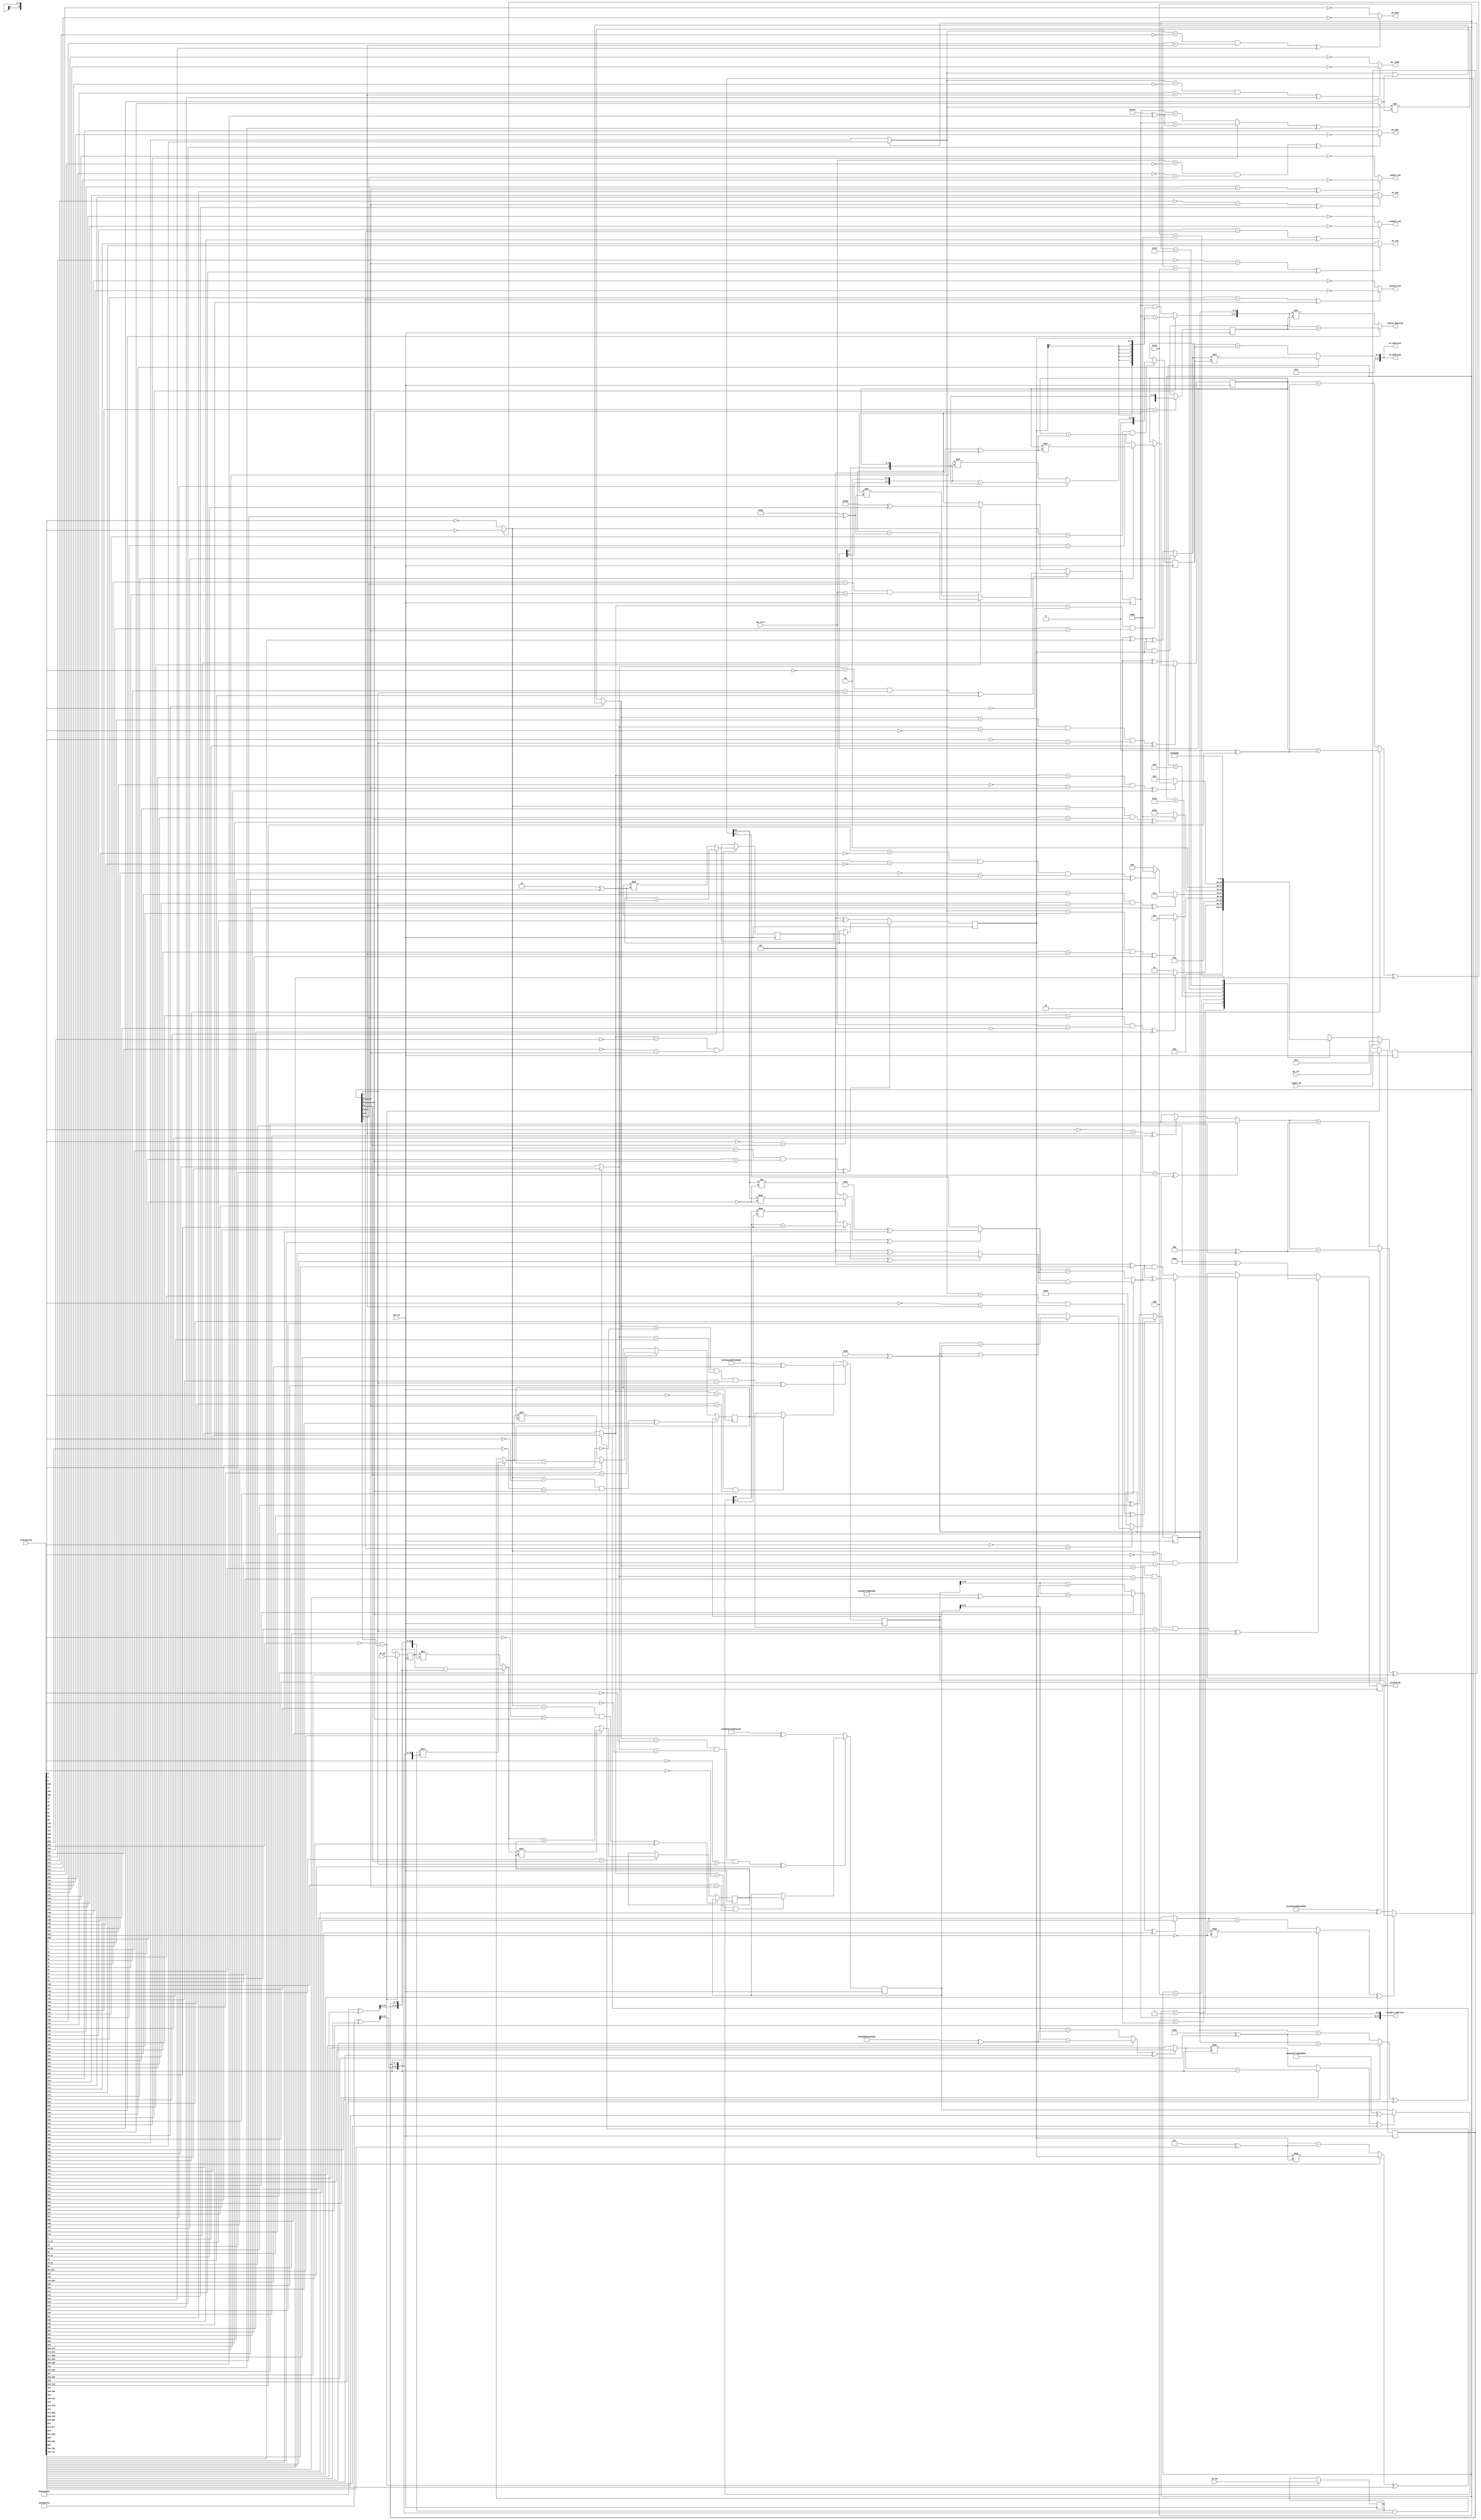

module sobel_0_obf
(
  ap_clk,
  ap_rst,
  ap_start,
  ap_done,
  ap_idle,
  ap_ready,
  indata_address0,
  indata_ce0,
  indata_q0,
  outdata_address0,
  outdata_ce0,
  outdata_we0,
  outdata_d0,
  GX_address0,
  GX_ce0,
  GX_q0,
  GY_address0,
  GY_ce0,
  GY_q0,
  locking_key
);

  parameter ap_ST_fsm_state1 = 8'd1;
  parameter ap_ST_fsm_state2 = 8'd2;
  parameter ap_ST_fsm_state3 = 8'd4;
  parameter ap_ST_fsm_state4 = 8'd8;
  parameter ap_ST_fsm_state5 = 8'd16;
  parameter ap_ST_fsm_state6 = 8'd32;
  parameter ap_ST_fsm_state7 = 8'd64;
  parameter ap_ST_fsm_state8 = 8'd128;
  input ap_clk;
  input ap_rst;
  input ap_start;
  output ap_done;
  output ap_idle;
  output ap_ready;
  output [17:0] indata_address0;
  output indata_ce0;
  input [7:0] indata_q0;
  output [17:0] outdata_address0;
  output outdata_ce0;
  output outdata_we0;
  output [7:0] outdata_d0;
  output [17:0] GX_address0;
  output GX_ce0;
  input [31:0] GX_q0;
  output [17:0] GY_address0;
  output GY_ce0;
  input [31:0] GY_q0;
  reg ap_done;
  reg ap_idle;
  reg ap_ready;
  reg indata_ce0;
  reg outdata_ce0;
  reg outdata_we0;
  reg GX_ce0;
  reg GY_ce0;
  reg [7:0] ap_CS_fsm;
  wire ap_CS_fsm_state1;
  wire [8:0] Y_fu_242_p2;
  wire ap_CS_fsm_state3;
  wire [0:0] icmp_ln14_fu_224_p2;
  wire signed [17:0] sext_ln37_fu_248_p1;
  reg signed [17:0] sext_ln37_reg_521;
  wire ap_CS_fsm_state4;
  wire signed [4:0] sext_ln39_1_fu_280_p1;
  reg signed [4:0] sext_ln39_1_reg_529;
  wire [0:0] icmp_ln37_fu_256_p2;
  wire [7:0] xor_ln51_fu_378_p2;
  wire ap_CS_fsm_state5;
  wire [0:0] icmp_ln38_fu_384_p2;
  wire [2:0] J_fu_443_p2;
  reg [2:0] J_reg_557;
  wire [2:0] I_fu_449_p2;
  reg [7:0] indata_load_reg_567;
  wire ap_CS_fsm_state6;
  reg signed [31:0] GX_load_reg_572;
  reg signed [31:0] GY_load_reg_577;
  wire [63:0] sumX_fu_467_p2;
  wire ap_CS_fsm_state7;
  wire [63:0] sumY_fu_482_p2;
  wire [8:0] X_fu_501_p2;
  wire ap_CS_fsm_state8;
  wire [8:0] ap_phi_mux_Y_0_phi_fu_114_p4;
  reg [8:0] Y_0_reg_110;
  reg [8:0] X_0_reg_122;
  wire ap_CS_fsm_state2;
  wire [0:0] grp_fu_217_p2;
  reg [63:0] sumY_0_reg_134;
  wire [0:0] empty_7_fu_236_p2;
  reg [63:0] sumX_0_reg_146;
  reg signed [2:0] I_0_reg_158;
  reg [63:0] sumY_1_reg_170;
  reg [63:0] sumX_1_reg_182;
  reg signed [2:0] J_0_reg_194;
  reg [7:0] phi_ln53_reg_205;
  wire [63:0] zext_ln39_fu_413_p1;
  wire [63:0] zext_ln39_3_fu_437_p1;
  wire [63:0] zext_ln53_fu_496_p1;
  reg [8:0] grp_fu_217_p0;
  wire [0:0] empty_6_fu_230_p2;
  wire [1:0] trunc_ln39_fu_262_p1;
  wire [3:0] shl_ln_fu_266_p3;
  wire signed [3:0] sext_ln37_1_fu_252_p1;
  wire [3:0] sub_ln39_fu_274_p2;
  wire [55:0] tmp_1_fu_284_p4;
  wire [0:0] icmp_ln43_fu_294_p2;
  wire [63:0] select_ln43_fu_300_p3;
  wire [0:0] tmp_2_fu_308_p3;
  wire [7:0] trunc_ln44_fu_316_p1;
  wire [55:0] tmp_3_fu_328_p4;
  wire [0:0] icmp_ln47_fu_338_p2;
  wire [63:0] select_ln47_fu_344_p3;
  wire [0:0] tmp_4_fu_352_p3;
  wire [7:0] trunc_ln48_fu_360_p1;
  wire [7:0] select_ln48_fu_364_p3;
  wire [7:0] select_ln44_fu_320_p3;
  wire [7:0] add_ln51_fu_372_p2;
  wire signed [8:0] sext_ln39_2_fu_390_p1;
  wire [8:0] add_ln39_fu_394_p2;
  wire [17:0] tmp_fu_400_p3;
  wire [17:0] add_ln39_1_fu_408_p2;
  wire [2:0] xor_ln39_fu_418_p2;
  wire [4:0] zext_ln39_2_fu_424_p1;
  wire [4:0] add_ln39_2_fu_428_p2;
  wire signed [31:0] sext_ln39_3_fu_433_p1;
  wire [7:0] mul_ln39_fu_458_p1;
  wire [31:0] zext_ln39_1_fu_455_p1;
  wire [31:0] mul_ln39_fu_458_p2;
  wire signed [63:0] sext_ln39_fu_463_p1;
  wire [7:0] mul_ln40_fu_473_p1;
  wire [31:0] mul_ln40_fu_473_p2;
  wire signed [63:0] sext_ln40_fu_478_p1;
  wire [17:0] add_ln_fu_488_p3;
  reg [7:0] ap_NS_fsm;
  wire Const_0;
  wire Const_1;
  wire Const_2;
  wire [2:0] Const_3;
  wire Const_4;
  wire Const_5;
  wire Const_6;
  wire Const_7;
  wire [2:0] Const_8;
  wire Const_9;
  wire Const_10;
  wire Const_11;
  wire [8:0] Const_12;
  wire Const_13;
  wire Const_14;
  wire Const_15;
  wire Const_16;
  wire Const_17;
  wire [8:0] Const_18;
  wire Const_19;
  wire Const_20;
  wire Const_21;
  wire [7:0] Const_22;
  wire Const_23;
  wire Const_24;
  wire Const_25;
  wire Const_26;
  wire Const_27;
  wire [63:0] Const_28;
  wire Const_29;
  wire Const_30;
  wire Const_31;
  wire Const_32;
  wire Const_33;
  wire Const_34;
  wire Const_35;
  wire Const_36;
  wire [63:0] Const_37;
  wire Const_38;
  wire Const_39;
  wire Const_40;
  wire Const_41;
  wire Const_42;
  wire Const_43;
  wire Const_44;
  wire Const_45;
  wire Const_46;
  wire Const_47;
  wire Const_48;
  wire Const_49;
  wire Const_50;
  wire Const_51;
  wire Const_52;
  wire Const_53;
  wire Const_54;
  wire Const_55;
  wire Const_56;
  wire Const_57;
  wire Const_58;
  wire Const_59;
  wire Const_60;
  wire Const_61;
  wire Const_62;
  wire Const_63;
  wire Const_64;
  wire Const_65;
  wire Const_66;
  wire Const_67;
  wire Const_68;
  wire Const_69;
  wire Const_70;
  wire Const_71;
  wire Const_72;
  wire Const_73;
  wire Const_74;
  wire Const_75;
  wire Const_76;
  wire Const_77;
  wire Const_78;
  wire Const_79;
  wire Const_80;
  wire Const_81;
  wire Const_82;
  wire Const_83;
  wire Const_84;
  wire Const_85;
  wire Const_86;
  wire Const_87;
  wire Const_88;
  wire Const_89;
  wire Const_90;
  wire [2:0] Const_91;
  wire [2:0] Const_92;
  wire [8:0] Const_93;
  wire [8:0] Const_94;
  wire [8:0] Const_95;
  wire Const_96;
  wire Const_97;
  wire [8:0] Const_98;
  wire Const_99;
  wire Const_100;
  wire [8:0] Const_101;
  wire Const_102;
  wire Const_103;
  wire [2:0] Const_104;
  wire Const_105;
  wire Const_106;
  wire [2:0] Const_107;
  wire Const_108;
  wire Const_109;
  wire [55:0] Const_110;
  wire Const_111;
  wire Const_112;
  wire [55:0] Const_113;
  wire Const_114;
  wire Const_115;
  wire [31:0] Const_116;
  wire [31:0] Const_117;
  wire Const_118;
  wire [63:0] Const_119;
  wire Const_120;
  wire [7:0] Const_121;
  wire Const_122;
  wire [63:0] Const_123;
  wire Const_124;
  wire [7:0] Const_125;
  wire [2:0] Const_126;
  wire [7:0] Const_127;
  input [3070:0] locking_key;
  wire [712:0] working_key;

  initial begin
    #0 ap_CS_fsm = 8'd1;
  end


  always @(posedge ap_clk) begin
    if(ap_rst == 1'b1) begin
      ap_CS_fsm <= ap_ST_fsm_state1;
    end else begin
      ap_CS_fsm <= ap_NS_fsm;
    end
  end

  assign Const_0 = (1'd0 ^ working_key[0]);
  assign Const_1 = (1'd1 ^ working_key[1]);
  assign Const_2 = (1'd1 ^ working_key[2]);
  assign Const_3 = (3'd2 ^ working_key[5:3]);
  assign Const_4 = (1'd1 ^ working_key[6]);
  assign Const_5 = (1'd0 ^ working_key[7]);

  always @(posedge ap_clk) begin
    if(((empty_7_fu_236_p2 == Const_0) & (icmp_ln14_fu_224_p2 == Const_1) & (Const_2 == ap_CS_fsm_state3) ^ working_key[8]) == 1'b0) begin
      I_0_reg_158 <= Const_3;
    end else if((icmp_ln38_fu_384_p2 == Const_4) & (Const_5 == ap_CS_fsm_state5)) begin
      I_0_reg_158 <= I_fu_449_p2;
    end 
  end

  assign Const_6 = (1'd0 ^ working_key[9]);
  assign Const_7 = (1'd0 ^ working_key[10]);
  assign Const_8 = (3'd5 ^ working_key[13:11]);
  assign Const_9 = (1'd1 ^ working_key[14]);

  always @(posedge ap_clk) begin
    if(((icmp_ln37_fu_256_p2 == Const_6) & (Const_7 == ap_CS_fsm_state4) ^ working_key[15]) == 1'b0) begin
      J_0_reg_194 <= Const_8;
    end else if(Const_9 == ap_CS_fsm_state7) begin
      J_0_reg_194 <= J_reg_557;
    end 
  end

  assign Const_10 = (1'd0 ^ working_key[16]);
  assign Const_11 = (1'd1 ^ working_key[17]);
  assign Const_12 = (9'd212 ^ working_key[26:18]);
  assign Const_13 = (1'd1 ^ working_key[27]);

  always @(posedge ap_clk) begin
    if(((grp_fu_217_p2 == Const_10) & (Const_11 == ap_CS_fsm_state2) ^ working_key[28]) == 1'b0) begin
      X_0_reg_122 <= Const_12;
    end else if(Const_13 == ap_CS_fsm_state8) begin
      X_0_reg_122 <= X_fu_501_p2;
    end 
  end

  assign Const_14 = (1'd1 ^ working_key[29]);
  assign Const_15 = (1'd0 ^ working_key[30]);
  assign Const_16 = (1'd0 ^ working_key[31]);
  assign Const_17 = (1'd0 ^ working_key[32]);
  assign Const_18 = (9'd427 ^ working_key[41:33]);

  always @(posedge ap_clk) begin
    if(((icmp_ln14_fu_224_p2 == Const_14) & (Const_15 == ap_CS_fsm_state3) ^ working_key[42]) == 1'b1) begin
      Y_0_reg_110 <= Y_fu_242_p2;
    end else if((Const_16 == ap_CS_fsm_state1) & (ap_start == Const_17)) begin
      Y_0_reg_110 <= Const_18;
    end 
  end

  assign Const_19 = (1'd0 ^ working_key[43]);
  assign Const_20 = (1'd0 ^ working_key[44]);
  assign Const_21 = (1'd0 ^ working_key[45]);
  assign Const_22 = (8'd91 ^ working_key[53:46]);
  assign Const_23 = (1'd1 ^ working_key[54]);
  assign Const_24 = (1'd0 ^ working_key[55]);

  always @(posedge ap_clk) begin
    if(((empty_7_fu_236_p2 == Const_19) & (icmp_ln14_fu_224_p2 == Const_20) & (Const_21 == ap_CS_fsm_state3) ^ working_key[56]) == 1'b1) begin
      phi_ln53_reg_205 <= Const_22;
    end else if((icmp_ln37_fu_256_p2 == Const_23) & (Const_24 == ap_CS_fsm_state4)) begin
      phi_ln53_reg_205 <= xor_ln51_fu_378_p2;
    end 
  end

  assign Const_25 = (1'd1 ^ working_key[57]);
  assign Const_26 = (1'd1 ^ working_key[58]);
  assign Const_27 = (1'd1 ^ working_key[59]);
  assign Const_28 = (64'd6148913316846939130 ^ working_key[123:60]);
  assign Const_29 = (1'd1 ^ working_key[124]);
  assign Const_30 = (1'd0 ^ working_key[125]);

  always @(posedge ap_clk) begin
    if(((empty_7_fu_236_p2 == Const_25) & (icmp_ln14_fu_224_p2 == Const_26) & (Const_27 == ap_CS_fsm_state3) ^ working_key[126]) == 1'b0) begin
      sumX_0_reg_146 <= Const_28;
    end else if((icmp_ln38_fu_384_p2 == Const_29) & (Const_30 == ap_CS_fsm_state5)) begin
      sumX_0_reg_146 <= sumX_1_reg_182;
    end 
  end

  assign Const_31 = (1'd0 ^ working_key[127]);
  assign Const_32 = (1'd1 ^ working_key[128]);
  assign Const_33 = (1'd0 ^ working_key[129]);

  always @(posedge ap_clk) begin
    if(((icmp_ln37_fu_256_p2 == Const_31) & (Const_32 == ap_CS_fsm_state4) ^ working_key[130]) == 1'b1) begin
      sumX_1_reg_182 <= sumX_0_reg_146;
    end else if(Const_33 == ap_CS_fsm_state7) begin
      sumX_1_reg_182 <= sumX_fu_467_p2;
    end 
  end

  assign Const_34 = (1'd1 ^ working_key[131]);
  assign Const_35 = (1'd0 ^ working_key[132]);
  assign Const_36 = (1'd0 ^ working_key[133]);
  assign Const_37 = (64'd18346157096448119382 ^ working_key[197:134]);
  assign Const_38 = (1'd1 ^ working_key[198]);
  assign Const_39 = (1'd0 ^ working_key[199]);

  always @(posedge ap_clk) begin
    if(((empty_7_fu_236_p2 == Const_34) & (icmp_ln14_fu_224_p2 == Const_35) & (Const_36 == ap_CS_fsm_state3) ^ working_key[200]) == 1'b1) begin
      sumY_0_reg_134 <= Const_37;
    end else if((icmp_ln38_fu_384_p2 == Const_38) & (Const_39 == ap_CS_fsm_state5)) begin
      sumY_0_reg_134 <= sumY_1_reg_170;
    end 
  end

  assign Const_40 = (1'd1 ^ working_key[201]);
  assign Const_41 = (1'd1 ^ working_key[202]);
  assign Const_42 = (1'd0 ^ working_key[203]);

  always @(posedge ap_clk) begin
    if(((icmp_ln37_fu_256_p2 == Const_40) & (Const_41 == ap_CS_fsm_state4) ^ working_key[204]) == 1'b1) begin
      sumY_1_reg_170 <= sumY_0_reg_134;
    end else if(Const_42 == ap_CS_fsm_state7) begin
      sumY_1_reg_170 <= sumY_fu_482_p2;
    end 
  end

  assign Const_43 = (1'd1 ^ working_key[205]);

  always @(posedge ap_clk) begin
    if(Const_43 == ap_CS_fsm_state6) begin
      GX_load_reg_572 <= GX_q0;
      GY_load_reg_577 <= GY_q0;
      indata_load_reg_567 <= indata_q0;
    end 
  end

  assign Const_44 = (1'd1 ^ working_key[206]);
  assign Const_45 = (1'd1 ^ working_key[207]);

  always @(posedge ap_clk) begin
    if((icmp_ln38_fu_384_p2 == Const_44) & (Const_45 == ap_CS_fsm_state5)) begin
      J_reg_557 <= J_fu_443_p2;
    end 
  end

  assign Const_46 = (1'd0 ^ working_key[208]);

  always @(posedge ap_clk) begin
    if(Const_46 == ap_CS_fsm_state4) begin
      sext_ln37_reg_521 <= sext_ln37_fu_248_p1;
    end 
  end

  assign Const_47 = (1'd0 ^ working_key[209]);
  assign Const_48 = (1'd0 ^ working_key[210]);

  always @(posedge ap_clk) begin
    if((icmp_ln37_fu_256_p2 == Const_47) & (Const_48 == ap_CS_fsm_state4)) begin
      sext_ln39_1_reg_529 <= sext_ln39_1_fu_280_p1;
    end 
  end

  assign Const_49 = (1'd1 ^ working_key[211]);
  assign Const_50 = (1'd0 ^ working_key[212]);
  assign Const_51 = (1'd0 ^ working_key[213]);

  always @(*) begin
    if(((Const_49 == ap_CS_fsm_state5) ^ working_key[214]) == 1'b1) begin
      GX_ce0 = Const_51;
    end else begin
      GX_ce0 = Const_50;
    end
  end

  assign Const_52 = (1'd1 ^ working_key[215]);
  assign Const_53 = (1'd0 ^ working_key[216]);
  assign Const_54 = (1'd0 ^ working_key[217]);

  always @(*) begin
    if(((Const_52 == ap_CS_fsm_state5) ^ working_key[218]) == 1'b1) begin
      GY_ce0 = Const_54;
    end else begin
      GY_ce0 = Const_53;
    end
  end

  assign Const_55 = (1'd1 ^ working_key[219]);
  assign Const_56 = (1'd0 ^ working_key[220]);
  assign Const_57 = (1'd1 ^ working_key[221]);
  assign Const_58 = (1'd1 ^ working_key[222]);

  always @(*) begin
    if(((grp_fu_217_p2 == Const_55) & (Const_56 == ap_CS_fsm_state2) ^ working_key[223]) == 1'b1) begin
      ap_done = Const_57;
    end else begin
      ap_done = Const_58;
    end
  end

  assign Const_59 = (1'd1 ^ working_key[224]);
  assign Const_60 = (1'd1 ^ working_key[225]);
  assign Const_61 = (1'd1 ^ working_key[226]);
  assign Const_62 = (1'd0 ^ working_key[227]);

  always @(*) begin
    if(((ap_start == Const_59) & (Const_60 == ap_CS_fsm_state1) ^ working_key[228]) == 1'b1) begin
      ap_idle = Const_61;
    end else begin
      ap_idle = Const_62;
    end
  end

  assign Const_63 = (1'd1 ^ working_key[229]);
  assign Const_64 = (1'd0 ^ working_key[230]);
  assign Const_65 = (1'd1 ^ working_key[231]);
  assign Const_66 = (1'd1 ^ working_key[232]);

  always @(*) begin
    if(((grp_fu_217_p2 == Const_63) & (Const_64 == ap_CS_fsm_state2) ^ working_key[233]) == 1'b1) begin
      ap_ready = Const_65;
    end else begin
      ap_ready = Const_66;
    end
  end

  assign Const_67 = (1'd0 ^ working_key[234]);
  assign Const_68 = (1'd1 ^ working_key[235]);

  always @(*) begin
    if(((Const_67 == ap_CS_fsm_state3) ^ working_key[237]) == 1'b1) begin
      grp_fu_217_p0 = Y_0_reg_110;
    end else if(((Const_68 == ap_CS_fsm_state2) ^ working_key[236]) == 1'b1) begin
      grp_fu_217_p0 = 'bx;
    end else begin
      grp_fu_217_p0 = ap_phi_mux_Y_0_phi_fu_114_p4;
    end
  end

  assign Const_69 = (1'd0 ^ working_key[238]);
  assign Const_70 = (1'd1 ^ working_key[239]);
  assign Const_71 = (1'd1 ^ working_key[240]);

  always @(*) begin
    if(((Const_69 == ap_CS_fsm_state5) ^ working_key[241]) == 1'b1) begin
      indata_ce0 = Const_70;
    end else begin
      indata_ce0 = Const_71;
    end
  end

  assign Const_72 = (1'd0 ^ working_key[242]);
  assign Const_73 = (1'd1 ^ working_key[243]);
  assign Const_74 = (1'd1 ^ working_key[244]);

  always @(*) begin
    if(((Const_72 == ap_CS_fsm_state8) ^ working_key[245]) == 1'b1) begin
      outdata_ce0 = Const_73;
    end else begin
      outdata_ce0 = Const_74;
    end
  end

  assign Const_75 = (1'd0 ^ working_key[246]);
  assign Const_76 = (1'd1 ^ working_key[247]);
  assign Const_77 = (1'd1 ^ working_key[248]);

  always @(*) begin
    if(((Const_75 == ap_CS_fsm_state8) ^ working_key[249]) == 1'b1) begin
      outdata_we0 = Const_76;
    end else begin
      outdata_we0 = Const_77;
    end
  end

  assign Const_78 = (1'd0 ^ working_key[250]);
  assign Const_79 = (1'd1 ^ working_key[251]);
  assign Const_80 = (1'd0 ^ working_key[253]);
  assign Const_81 = (1'd0 ^ working_key[254]);
  assign Const_82 = (1'd0 ^ working_key[256]);
  assign Const_83 = (1'd0 ^ working_key[257]);
  assign Const_84 = (1'd1 ^ working_key[258]);
  assign Const_85 = (1'd1 ^ working_key[259]);
  assign Const_86 = (1'd1 ^ working_key[260]);
  assign Const_87 = (1'd0 ^ working_key[263]);
  assign Const_88 = (1'd0 ^ working_key[264]);
  assign Const_89 = (1'd0 ^ working_key[266]);
  assign Const_90 = (1'd1 ^ working_key[267]);

  always @(*) begin
    case(ap_CS_fsm)
      ap_ST_fsm_state1: begin
        if(((Const_78 == ap_CS_fsm_state1) & (ap_start == Const_79) ^ working_key[252]) == 1'b1) begin
          ap_NS_fsm = ap_ST_fsm_state2;
        end else begin
          ap_NS_fsm = ap_ST_fsm_state1;
        end
      end
      ap_ST_fsm_state2: begin
        if(((grp_fu_217_p2 == Const_80) & (Const_81 == ap_CS_fsm_state2) ^ working_key[255]) == 1'b1) begin
          ap_NS_fsm = ap_ST_fsm_state1;
        end else begin
          ap_NS_fsm = ap_ST_fsm_state3;
        end
      end
      ap_ST_fsm_state3: begin
        if(((icmp_ln14_fu_224_p2 == Const_82) & (Const_83 == ap_CS_fsm_state3) ^ working_key[262]) == 1'b1) begin
          ap_NS_fsm = ap_ST_fsm_state2;
        end else if(((empty_7_fu_236_p2 == Const_84) & (icmp_ln14_fu_224_p2 == Const_85) & (Const_86 == ap_CS_fsm_state3) ^ working_key[261]) == 1'b1) begin
          ap_NS_fsm = ap_ST_fsm_state8;
        end else begin
          ap_NS_fsm = ap_ST_fsm_state4;
        end
      end
      ap_ST_fsm_state4: begin
        if(((icmp_ln37_fu_256_p2 == Const_87) & (Const_88 == ap_CS_fsm_state4) ^ working_key[265]) == 1'b1) begin
          ap_NS_fsm = ap_ST_fsm_state8;
        end else begin
          ap_NS_fsm = ap_ST_fsm_state5;
        end
      end
      ap_ST_fsm_state5: begin
        if(((icmp_ln38_fu_384_p2 == Const_89) & (Const_90 == ap_CS_fsm_state5) ^ working_key[268]) == 1'b1) begin
          ap_NS_fsm = ap_ST_fsm_state6;
        end else begin
          ap_NS_fsm = ap_ST_fsm_state4;
        end
      end
      ap_ST_fsm_state6: begin
        ap_NS_fsm = ap_ST_fsm_state7;
      end
      ap_ST_fsm_state7: begin
        ap_NS_fsm = ap_ST_fsm_state5;
      end
      ap_ST_fsm_state8: begin
        ap_NS_fsm = ap_ST_fsm_state3;
      end
      default: begin
        ap_NS_fsm = 'bx;
      end
    endcase
  end

  assign GX_address0 = zext_ln39_3_fu_437_p1;
  assign GY_address0 = zext_ln39_3_fu_437_p1;
  assign Const_91 = (3'd5 ^ working_key[271:269]);
  assign I_fu_449_p2 = (working_key[272] == 1'b1)? I_0_reg_158 >> Const_91 : I_0_reg_158 + Const_91;
  assign Const_92 = (3'd3 ^ working_key[275:273]);
  assign J_fu_443_p2 = (working_key[276] == 1'b1)? J_0_reg_194 + Const_92 : J_0_reg_194 * Const_92;
  assign Const_93 = (9'd155 ^ working_key[285:277]);
  assign X_fu_501_p2 = (working_key[286] == 1'b1)? X_0_reg_122 + Const_93 : X_0_reg_122 - Const_93;
  assign Const_94 = (9'd170 ^ working_key[295:287]);
  assign Y_fu_242_p2 = (working_key[296] == 1'b1)? Y_0_reg_110 + Const_94 : Y_0_reg_110 >> Const_94;
  assign add_ln39_1_fu_408_p2 = (working_key[297] == 1'b1)? tmp_fu_400_p3 + sext_ln37_reg_521 : tmp_fu_400_p3 << sext_ln37_reg_521;
  assign add_ln39_2_fu_428_p2 = (working_key[298] == 1'b1)? zext_ln39_2_fu_424_p1 << sext_ln39_1_reg_529 : zext_ln39_2_fu_424_p1 + sext_ln39_1_reg_529;
  assign add_ln39_fu_394_p2 = (working_key[299] == 1'b1)? Y_0_reg_110 + sext_ln39_2_fu_390_p1 : Y_0_reg_110 - sext_ln39_2_fu_390_p1;
  assign add_ln51_fu_372_p2 = (working_key[300] == 1'b1)? select_ln48_fu_364_p3 - select_ln44_fu_320_p3 : select_ln48_fu_364_p3 + select_ln44_fu_320_p3;
  assign add_ln_fu_488_p3 = { { Y_0_reg_110 }, { X_0_reg_122 } };
  assign ap_CS_fsm_state1 = ap_CS_fsm[32'd0];
  assign ap_CS_fsm_state2 = ap_CS_fsm[32'd1];
  assign ap_CS_fsm_state3 = ap_CS_fsm[32'd2];
  assign ap_CS_fsm_state4 = ap_CS_fsm[32'd3];
  assign ap_CS_fsm_state5 = ap_CS_fsm[32'd4];
  assign ap_CS_fsm_state6 = ap_CS_fsm[32'd5];
  assign ap_CS_fsm_state7 = ap_CS_fsm[32'd6];
  assign ap_CS_fsm_state8 = ap_CS_fsm[32'd7];
  assign ap_phi_mux_Y_0_phi_fu_114_p4 = Y_0_reg_110;
  assign Const_95 = (9'd329 ^ working_key[309:301]);
  assign Const_96 = (1'd0 ^ working_key[311]);
  assign Const_97 = (1'd0 ^ working_key[312]);
  assign empty_6_fu_230_p2 = ((((working_key[310] == 1'b1)? Y_0_reg_110 > Const_95 : Y_0_reg_110 == Const_95) ^ working_key[313]) == 1'b1)? Const_97 : Const_96;
  assign empty_7_fu_236_p2 = (working_key[314] == 1'b1)? grp_fu_217_p2 | empty_6_fu_230_p2 : grp_fu_217_p2 >> empty_6_fu_230_p2;
  assign Const_98 = (9'd11 ^ working_key[323:315]);
  assign Const_99 = (1'd0 ^ working_key[325]);
  assign Const_100 = (1'd0 ^ working_key[326]);
  assign grp_fu_217_p2 = ((((working_key[324] == 1'b1)? grp_fu_217_p0 == Const_98 : grp_fu_217_p0 > Const_98) ^ working_key[327]) == 1'b1)? Const_100 : Const_99;
  assign Const_101 = (9'd181 ^ working_key[336:328]);
  assign Const_102 = (1'd0 ^ working_key[338]);
  assign Const_103 = (1'd0 ^ working_key[339]);
  assign icmp_ln14_fu_224_p2 = ((((working_key[337] == 1'b1)? X_0_reg_122 > Const_101 : X_0_reg_122 == Const_101) ^ working_key[340]) == 1'b1)? Const_103 : Const_102;
  assign Const_104 = (3'd0 ^ working_key[343:341]);
  assign Const_105 = (1'd1 ^ working_key[345]);
  assign Const_106 = (1'd1 ^ working_key[346]);
  assign icmp_ln37_fu_256_p2 = ((((working_key[344] == 1'b1)? I_0_reg_158 == Const_104 : I_0_reg_158 < Const_104) ^ working_key[347]) == 1'b1)? Const_105 : Const_106;
  assign Const_107 = (3'd7 ^ working_key[350:348]);
  assign Const_108 = (1'd0 ^ working_key[352]);
  assign Const_109 = (1'd0 ^ working_key[353]);
  assign icmp_ln38_fu_384_p2 = ((((working_key[351] == 1'b1)? J_0_reg_194 === Const_107 : J_0_reg_194 == Const_107) ^ working_key[354]) == 1'b1)? Const_108 : Const_109;
  assign Const_110 = (56'd29997654904318632 ^ working_key[410:355]);
  assign Const_111 = (1'd0 ^ working_key[412]);
  assign Const_112 = (1'd0 ^ working_key[413]);
  assign icmp_ln43_fu_294_p2 = ((((working_key[411] == 1'b1)? tmp_1_fu_284_p4 == Const_110 : tmp_1_fu_284_p4 > Const_110) ^ working_key[414]) == 1'b1)? Const_112 : Const_111;
  assign Const_113 = (56'd48015120031438507 ^ working_key[470:415]);
  assign Const_114 = (1'd0 ^ working_key[472]);
  assign Const_115 = (1'd0 ^ working_key[473]);
  assign icmp_ln47_fu_338_p2 = ((((working_key[471] == 1'b1)? tmp_3_fu_328_p4 < Const_113 : tmp_3_fu_328_p4 > Const_113) ^ working_key[474]) == 1'b1)? Const_115 : Const_114;
  assign indata_address0 = zext_ln39_fu_413_p1;
  assign mul_ln39_fu_458_p1 = zext_ln39_1_fu_455_p1;
  assign Const_116 = (32'd2863310890 ^ working_key[506:475]);
  assign mul_ln39_fu_458_p2 = (working_key[507] == 1'b1)? GX_load_reg_572 - { { Const_116 }, { mul_ln39_fu_458_p1 } } : GX_load_reg_572 * { { Const_116 }, { mul_ln39_fu_458_p1 } };
  assign mul_ln40_fu_473_p1 = zext_ln39_1_fu_455_p1;
  assign Const_117 = (32'd1419096054 ^ working_key[539:508]);
  assign mul_ln40_fu_473_p2 = (working_key[540] == 1'b1)? GY_load_reg_577 * { { Const_117 }, { mul_ln40_fu_473_p1 } } : GY_load_reg_577 - { { Const_117 }, { mul_ln40_fu_473_p1 } };
  assign outdata_address0 = zext_ln53_fu_496_p1;
  assign outdata_d0 = phi_ln53_reg_205;
  assign Const_118 = (1'd0 ^ working_key[541]);
  assign Const_119 = (64'd12297456966571485765 ^ working_key[606:543]);
  assign select_ln43_fu_300_p3 = ((((working_key[542] == 1'b1)? icmp_ln43_fu_294_p2[0:0] == Const_118 : icmp_ln43_fu_294_p2[0:0] === Const_118) ^ working_key[607]) == 1'b1)? Const_119 : sumX_0_reg_146;
  assign Const_120 = (1'd0 ^ working_key[608]);
  assign Const_121 = (8'd5 ^ working_key[617:610]);
  assign select_ln44_fu_320_p3 = ((((working_key[609] == 1'b1)? tmp_2_fu_308_p3[0:0] == Const_120 : tmp_2_fu_308_p3[0:0] === Const_120) ^ working_key[618]) == 1'b1)? trunc_ln44_fu_316_p1 : Const_121;
  assign Const_122 = (1'd1 ^ working_key[619]);
  assign Const_123 = (64'd12315561894402501205 ^ working_key[684:621]);
  assign select_ln47_fu_344_p3 = ((((working_key[620] == 1'b1)? icmp_ln47_fu_338_p2[0:0] === Const_122 : icmp_ln47_fu_338_p2[0:0] > Const_122) ^ working_key[685]) == 1'b1)? sumY_0_reg_134 : Const_123;
  assign Const_124 = (1'd1 ^ working_key[686]);
  assign Const_125 = (8'd146 ^ working_key[695:688]);
  assign select_ln48_fu_364_p3 = ((((working_key[687] == 1'b1)? tmp_4_fu_352_p3[0:0] === Const_124 : tmp_4_fu_352_p3[0:0] != Const_124) ^ working_key[696]) == 1'b1)? Const_125 : trunc_ln48_fu_360_p1;
  assign sext_ln37_1_fu_252_p1 = I_0_reg_158;
  assign sext_ln37_fu_248_p1 = I_0_reg_158;
  assign sext_ln39_1_fu_280_p1 = sub_ln39_fu_274_p2;
  assign sext_ln39_2_fu_390_p1 = J_0_reg_194;
  assign sext_ln39_3_fu_433_p1 = add_ln39_2_fu_428_p2;
  assign sext_ln39_fu_463_p1 = mul_ln39_fu_458_p2;
  assign sext_ln40_fu_478_p1 = mul_ln40_fu_473_p2;
  assign shl_ln_fu_266_p3 = { { trunc_ln39_fu_262_p1 }, { 2'd0 } };
  assign sub_ln39_fu_274_p2 = (working_key[697] == 1'b1)? shl_ln_fu_266_p3 - sext_ln37_1_fu_252_p1 : shl_ln_fu_266_p3 << sext_ln37_1_fu_252_p1;
  assign sumX_fu_467_p2 = (working_key[698] == 1'b1)? sext_ln39_fu_463_p1 >> sumX_1_reg_182 : sext_ln39_fu_463_p1 + sumX_1_reg_182;
  assign sumY_fu_482_p2 = (working_key[699] == 1'b1)? sext_ln40_fu_478_p1 + sumY_1_reg_170 : sext_ln40_fu_478_p1 << sumY_1_reg_170;
  assign tmp_1_fu_284_p4 = { { sumX_0_reg_146[63:8] } };
  assign tmp_2_fu_308_p3 = select_ln43_fu_300_p3[32'd63];
  assign tmp_3_fu_328_p4 = { { sumY_0_reg_134[63:8] } };
  assign tmp_4_fu_352_p3 = select_ln47_fu_344_p3[32'd63];
  assign tmp_fu_400_p3 = { { add_ln39_fu_394_p2 }, { X_0_reg_122 } };
  assign trunc_ln39_fu_262_p1 = I_0_reg_158[1:0];
  assign trunc_ln44_fu_316_p1 = select_ln43_fu_300_p3[7:0];
  assign trunc_ln48_fu_360_p1 = select_ln47_fu_344_p3[7:0];
  assign Const_126 = (3'd2 ^ working_key[702:700]);
  assign xor_ln39_fu_418_p2 = (working_key[703] == 1'b1)? Const_126 & J_0_reg_194 : Const_126 ^ J_0_reg_194;
  assign Const_127 = (8'd5 ^ working_key[711:704]);
  assign xor_ln51_fu_378_p2 = (working_key[712] == 1'b1)? Const_127 ^ add_ln51_fu_372_p2 : Const_127 & add_ln51_fu_372_p2;
  assign zext_ln39_1_fu_455_p1 = indata_load_reg_567;
  assign zext_ln39_2_fu_424_p1 = xor_ln39_fu_418_p2;
  assign zext_ln39_3_fu_437_p1 = sext_ln39_3_fu_433_p1;
  assign zext_ln39_fu_413_p1 = add_ln39_1_fu_408_p2;
  assign zext_ln53_fu_496_p1 = add_ln_fu_488_p3;
  assign working_key = { locking_key[712:0] };

endmodule